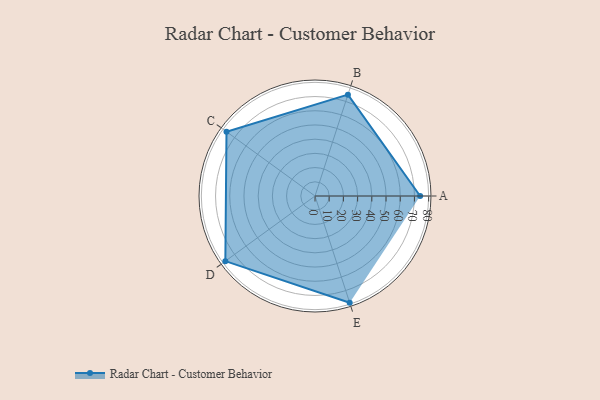
{"axis": {"x": "Skill", "y": "Score"}, "legend": ["Profile"], "data": [{"x": "A", "y": 74.0, "type": "Profile"}, {"x": "B", "y": 75.0, "type": "Profile"}, {"x": "C", "y": 77.0, "type": "Profile"}, {"x": "D", "y": 78.0, "type": "Profile"}, {"x": "E", "y": 79.0, "type": "Profile"}]}